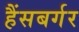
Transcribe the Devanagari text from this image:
हैंसबर्गर